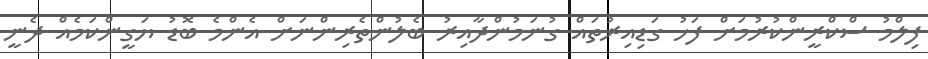
ފިލްމު ސްކްރީންކުރުމަށް ފަހު ގަޑިއިރުތައް ގުނަމުންދާއިރު ބެލުންތެރިންނަށް އެންމެ ބޮޑު ޔަގީންކަމެއް ދެނީ